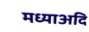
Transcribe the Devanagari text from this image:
मध्याअदि